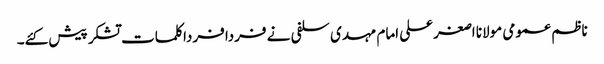
ناظم عمومی مولانا اصغرعلی امام مہدی سلفی نے فردا فردا کلمات تشکر پیش کئے۔